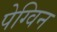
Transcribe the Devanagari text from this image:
पेग्विन